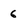
Character: 6